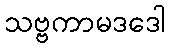
သဗ္ဗကာမဒဒေါ